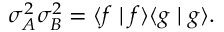
\sigma _ { A } ^ { 2 } \sigma _ { B } ^ { 2 } = \langle f \mid f \rangle \langle g \mid g \rangle .